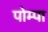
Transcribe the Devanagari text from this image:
पोम्पा